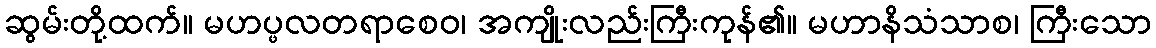
ဆွမ်းတို့ထက်။ မဟပ္ဖလတရာစေဝ၊ အကျိုးလည်းကြီးကုန်၏။ မဟာနိသံသာစ၊ ကြီးသော